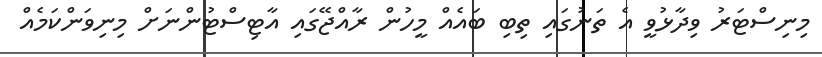
މިނިސްޓަރު ވިދާޅުވީ އެ ތަނުގައި ތިބި ބައެއް މީހުން ރާއްޖޭގައި އާޓިސްޓުންނަށް މިނިވަންކަމެއް